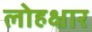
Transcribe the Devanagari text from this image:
लोहक्षार